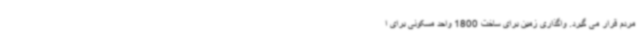
مردم قرار می گیرد. واگذاری زمین برای ساخت 1800 واحد مسکونی برای ا